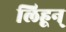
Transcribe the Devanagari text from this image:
लिहून्